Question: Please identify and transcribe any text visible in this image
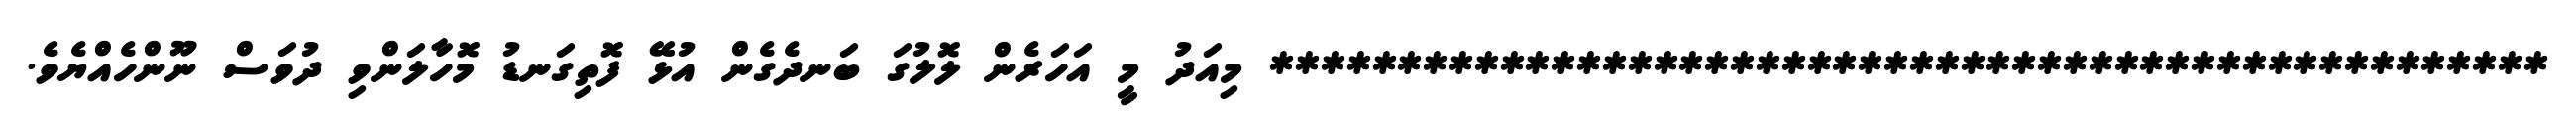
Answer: ************************************************** މިއަދު މީ އަހަރެން ލޮލުގަ ބަނދެގެން އުޅޭ ފޮތިގަނޑު މޮހާލަންވި ދުވަސް ނޫންހެއްޔެވެ.